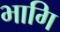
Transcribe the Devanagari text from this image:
भागि